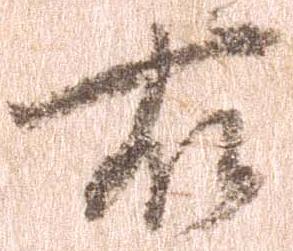
右